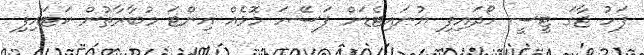
ފަހު ޖާގަ ޓީސީ ހޯދައިފި ޔުނައިޓެޑަށް ފަސޭހަ މޮޅެއް އިންޓަ މުބާރާތުން ކަޓައިފި